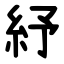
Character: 紓